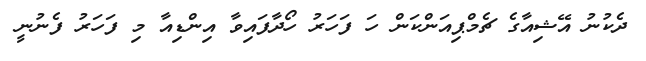
ދެކުނު އޭޝިއާގެ ޗެމްޕިއަންކަން ހަ ފަހަރު ހޯދާފައިވާ އިންޑިއާ މި ފަހަރު ފެނުނީ